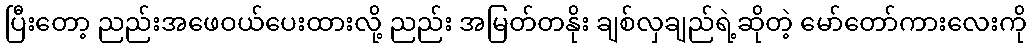
ပြီးတော့ ညည်းအဖေဝယ်ပေးထားလို့ ညည်း အမြတ်တနိုး ချစ်လှချည်ရဲ့ဆိုတဲ့ မော်တော်ကားလေးကို